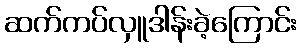
ဆက်ကပ်လှူဒါန်းခဲ့ကြောင်း